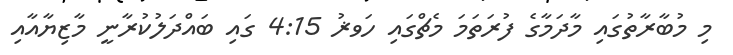
މި މުބާރާތުގައި މާދަމާގެ ފުރަތަމަ މެޗްގައި ހަވޜު 4:15 ގައި ބައްދަލުކުރާނީ މާޒިޔާއާއި